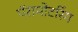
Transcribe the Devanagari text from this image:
पॅरामोटरिंग